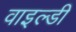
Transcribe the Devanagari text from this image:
वाइल्डी